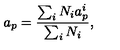
a _ { p } = { \frac { \sum _ { i } N _ { i } a _ { p } ^ { i } } { \sum _ { i } N _ { i } } } ,